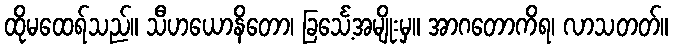
ထိုမထေရ်သည်။ သီဟယောနိတော၊ ခြင်္သေ့အမျိုးမှ။ အာဂတောကိရ၊ လာသတတ်။